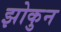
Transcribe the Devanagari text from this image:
झोकुन